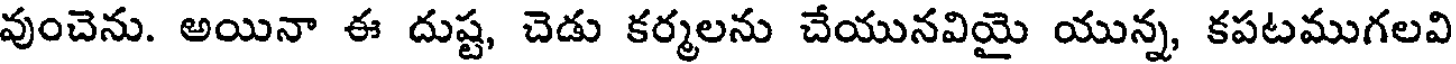
వుంచెను. అయినా ఈ దుష్ట, చెడు కర్మలను చేయునవియై యున్న, కపటముగలవి